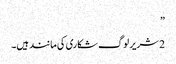
”
2 شریر لوگ شکاری کی مانند ہیں۔